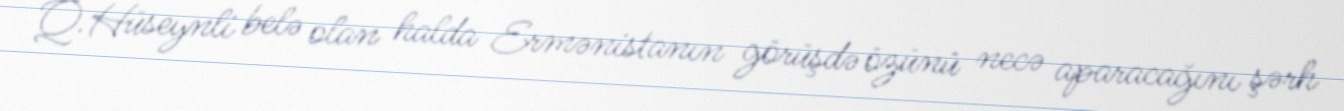
Q.Hüseynli belə olan halda Ermənistanın görüşdə özünü necə aparacağını şərh